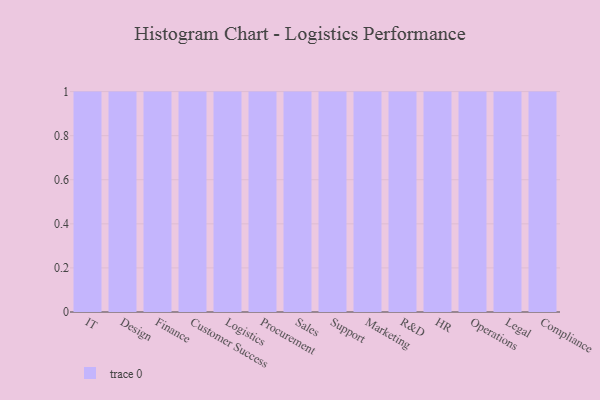
{"axis": {"x": "Department", "y": "Conversion Rate (%)"}, "legend": [""], "data": [{"x": "IT", "y": 76, "type": ""}, {"x": "Design", "y": 26, "type": ""}, {"x": "Finance", "y": 11, "type": ""}, {"x": "Customer Success", "y": 88, "type": ""}, {"x": "Logistics", "y": 97, "type": ""}, {"x": "Procurement", "y": 13, "type": ""}, {"x": "Sales", "y": 92, "type": ""}, {"x": "Support", "y": 62, "type": ""}, {"x": "Marketing", "y": 49, "type": ""}, {"x": "R&D", "y": 14, "type": ""}, {"x": "HR", "y": 94, "type": ""}, {"x": "Operations", "y": 60, "type": ""}, {"x": "Legal", "y": 89, "type": ""}, {"x": "Compliance", "y": 36, "type": ""}]}